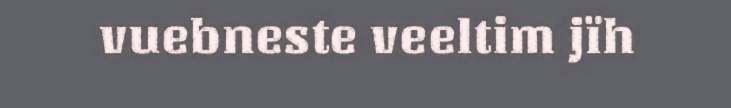
vuebneste veeltim jïh